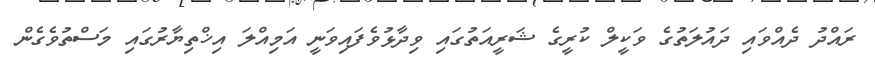
ރައްދު ދެއްވައި ދައުލަތުގެ ވަކީލް ކުރީގެ ޝަރީއަތުގައި ވިދާޅުވެފައިވަނީ އަމިއްލަ އިޚްތިޔާރުގައި މަސްތުވެގެން